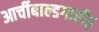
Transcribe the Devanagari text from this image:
आर्चीबाल्डगार्रोड़